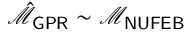
\hat { \mathcal { M } } _ { \sf G P R } \sim \mathcal { M } _ { \sf N U F E B }